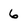
Character: 6